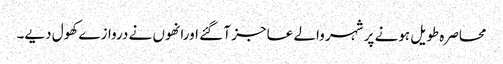
محاصرہ طویل ہونے پر شہر والے عاجز آ گئے اورانھوں نے دروازے کھول دیے۔